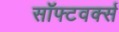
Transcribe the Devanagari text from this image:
सॉफ्टवर्क्स